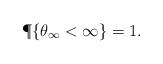
LaTeX: \begin{align*}\P\{ \theta _\infty < \infty\} = 1.\end{align*}